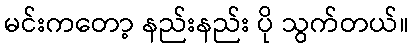
မင်းကတော့ နည်းနည်း ပို သွက်တယ်။